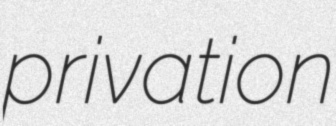
privation